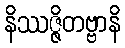
နိဿဇ္ဇိတဗ္ဗာနိ